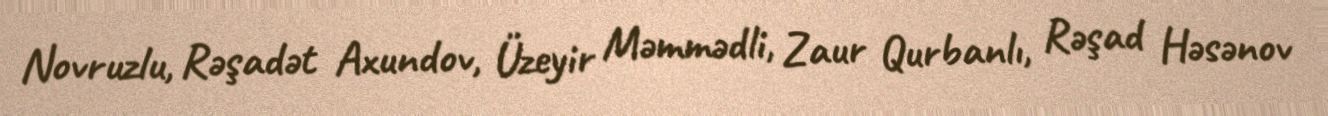
Novruzlu, Rəşadət Axundov, Üzeyir Məmmədli, Zaur Qurbanlı, Rəşad Həsənov